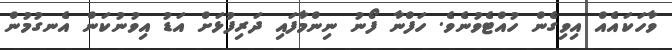
ވާހަކައެއް އިވިގެން ހުއްޓެވުނެވެ. ހަފްނާ ފޯނު ނިންމާފައި ދަރިފުޅަށް އަޑު އިވުނުކަން އެނގުމުން